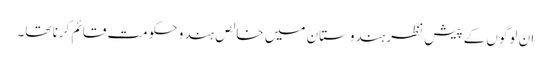
ان لوگوں کے پیش نظر ہندوستان میں خالص ہندو حکومت قائم کرنا تھا۔